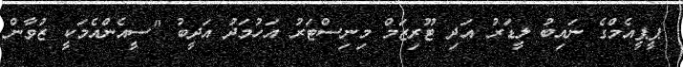
ޕީޕީއެމްގެ ނައިބު ލީޑަރު އަދި ޓޫރިޒަމް މިނިސްޓަރު އަހުމަދު އަދީބު "ސީއެންއެމަކީ ޒުވާން